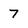
Character: 7